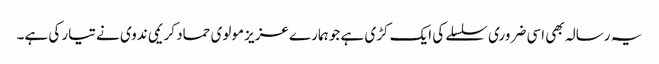
یہ رسالہ بھی اسی ضروری سلسلے کی ایک کڑی ہے جو ہمارے عزیز مولوی حماد کریمی ندوی نے تیار کی ہے۔